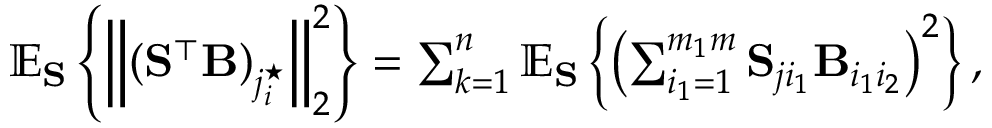
\begin{array} { r } { \mathbb { E } _ { \mathbf { S } } \left\{ \left\| \left( \mathbf { S } ^ { \top } \mathbf { B } \right) _ { j _ { i } ^ { \star } } \right\| _ { 2 } ^ { 2 } \right\} = \sum _ { k = 1 } ^ { n } \mathbb { E } _ { \mathbf { S } } \left\{ \left( \sum _ { i _ { 1 } = 1 } ^ { m _ { 1 } m } \mathbf { S } _ { j i _ { 1 } } \mathbf { B } _ { i _ { 1 } i _ { 2 } } \right) ^ { 2 } \right\} , } \end{array}